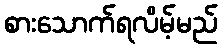
စားသောက်ရလိမ့်မည်